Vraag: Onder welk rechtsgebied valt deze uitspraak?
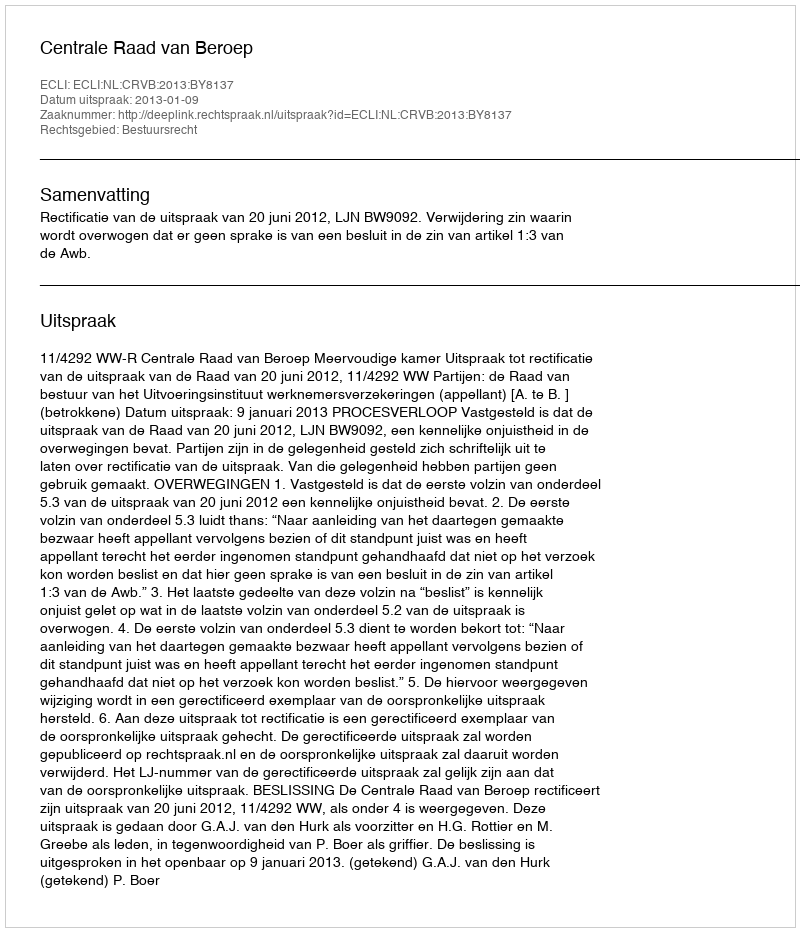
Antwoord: Bestuursrecht